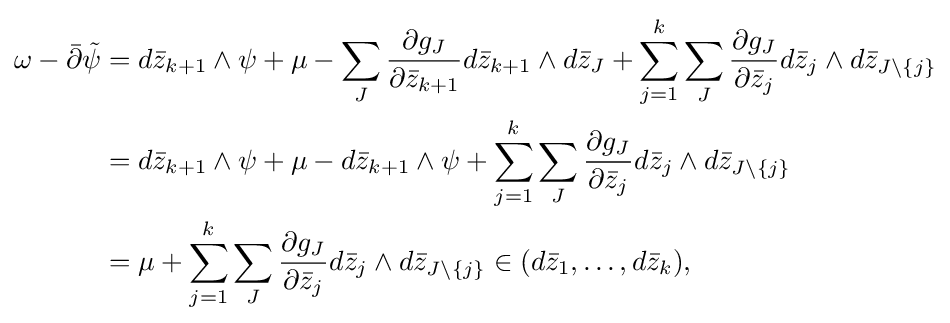
{\begin{aligned}\omega -{\bar {\partial }}{\tilde {\psi }}&=d{\bar {z}}_{k+1}\wedge \psi +\mu -\sum _{J}{\frac {\partial g_{J}}{\partial {\bar {z}}_{k+1}}}d{\bar {z}}_{k+1}\wedge d{\bar {z}}_{J}+\sum _{j=1}^{k}\sum _{J}{\frac {\partial g_{J}}{\partial {\bar {z}}_{j}}}d{\bar {z}}_{j}\wedge d{\bar {z}}_{J\setminus \lbrace j\rbrace }\\&=d{\bar {z}}_{k+1}\wedge \psi +\mu -d{\bar {z}}_{k+1}\wedge \psi +\sum _{j=1}^{k}\sum _{J}{\frac {\partial g_{J}}{\partial {\bar {z}}_{j}}}d{\bar {z}}_{j}\wedge d{\bar {z}}_{J\setminus \lbrace j\rbrace }\\&=\mu +\sum _{j=1}^{k}\sum _{J}{\frac {\partial g_{J}}{\partial {\bar {z}}_{j}}}d{\bar {z}}_{j}\wedge d{\bar {z}}_{J\setminus \lbrace j\rbrace }\in (d{\bar {z}}_{1},\dots ,d{\bar {z}}_{k}),\end{aligned}}